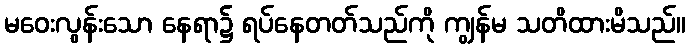
မဝေးလွန်းသော နေရာ၌ ရပ်နေတတ်သည်ကို ကျွန်မ သတိထားမိသည်။